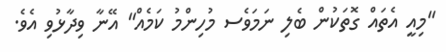
"މިއީ އެތައް ގޮތަކުން ބެލި ނަމަވެސ މުހިންމު ކަމެއް" އޭނާ ވިދާޅުވި އެވެ.